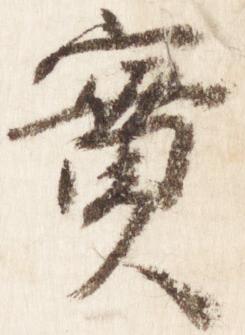
実